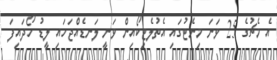
އެ މެޗުގެ 25 ވަނަ މިނެޓުގައި އެތުލެޓިކޯއިން ވަނީ ލަނޑެއްޖަހައި ލީޑު ހޯދައިފަ